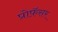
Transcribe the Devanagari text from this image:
प्रोफ़ॅसर